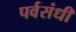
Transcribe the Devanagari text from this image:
पर्वसंधी